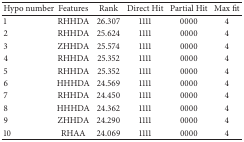
<table><thead><tr><td><b>Hypo number</b></td><td><b>Features</b></td><td><b>Rank</b></td><td><b>Direct Hit</b></td><td><b>Partial Hit</b></td><td><b>Max fit</b></td></tr></thead><tbody><tr><td>1</td><td>RHHDA</td><td>26.307</td><td>1111</td><td>0000</td><td>4</td></tr><tr><td>2</td><td>RHHDA</td><td>25.624</td><td>1111</td><td>0000</td><td>4</td></tr><tr><td>3</td><td>ZHHDA</td><td>25.574</td><td>1111</td><td>0000</td><td>4</td></tr><tr><td>4</td><td>RHHDA</td><td>25.352</td><td>1111</td><td>0000</td><td>4</td></tr><tr><td>5</td><td>RHHDA</td><td>25.352</td><td>1111</td><td>0000</td><td>4</td></tr><tr><td>6</td><td>HHHDA</td><td>24.569</td><td>1111</td><td>0000</td><td>4</td></tr><tr><td>7</td><td>RHHDA</td><td>24.450</td><td>1111</td><td>0000</td><td>4</td></tr><tr><td>8</td><td>HHHDA</td><td>24.362</td><td>1111</td><td>0000</td><td>4</td></tr><tr><td>9</td><td>ZHHDA</td><td>24.290</td><td>1111</td><td>0000</td><td>4</td></tr><tr><td>10</td><td>RHAA</td><td>24.069</td><td>1111</td><td>0000</td><td>4</td></tr></tbody></table>